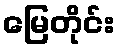
မြေတိုင်း